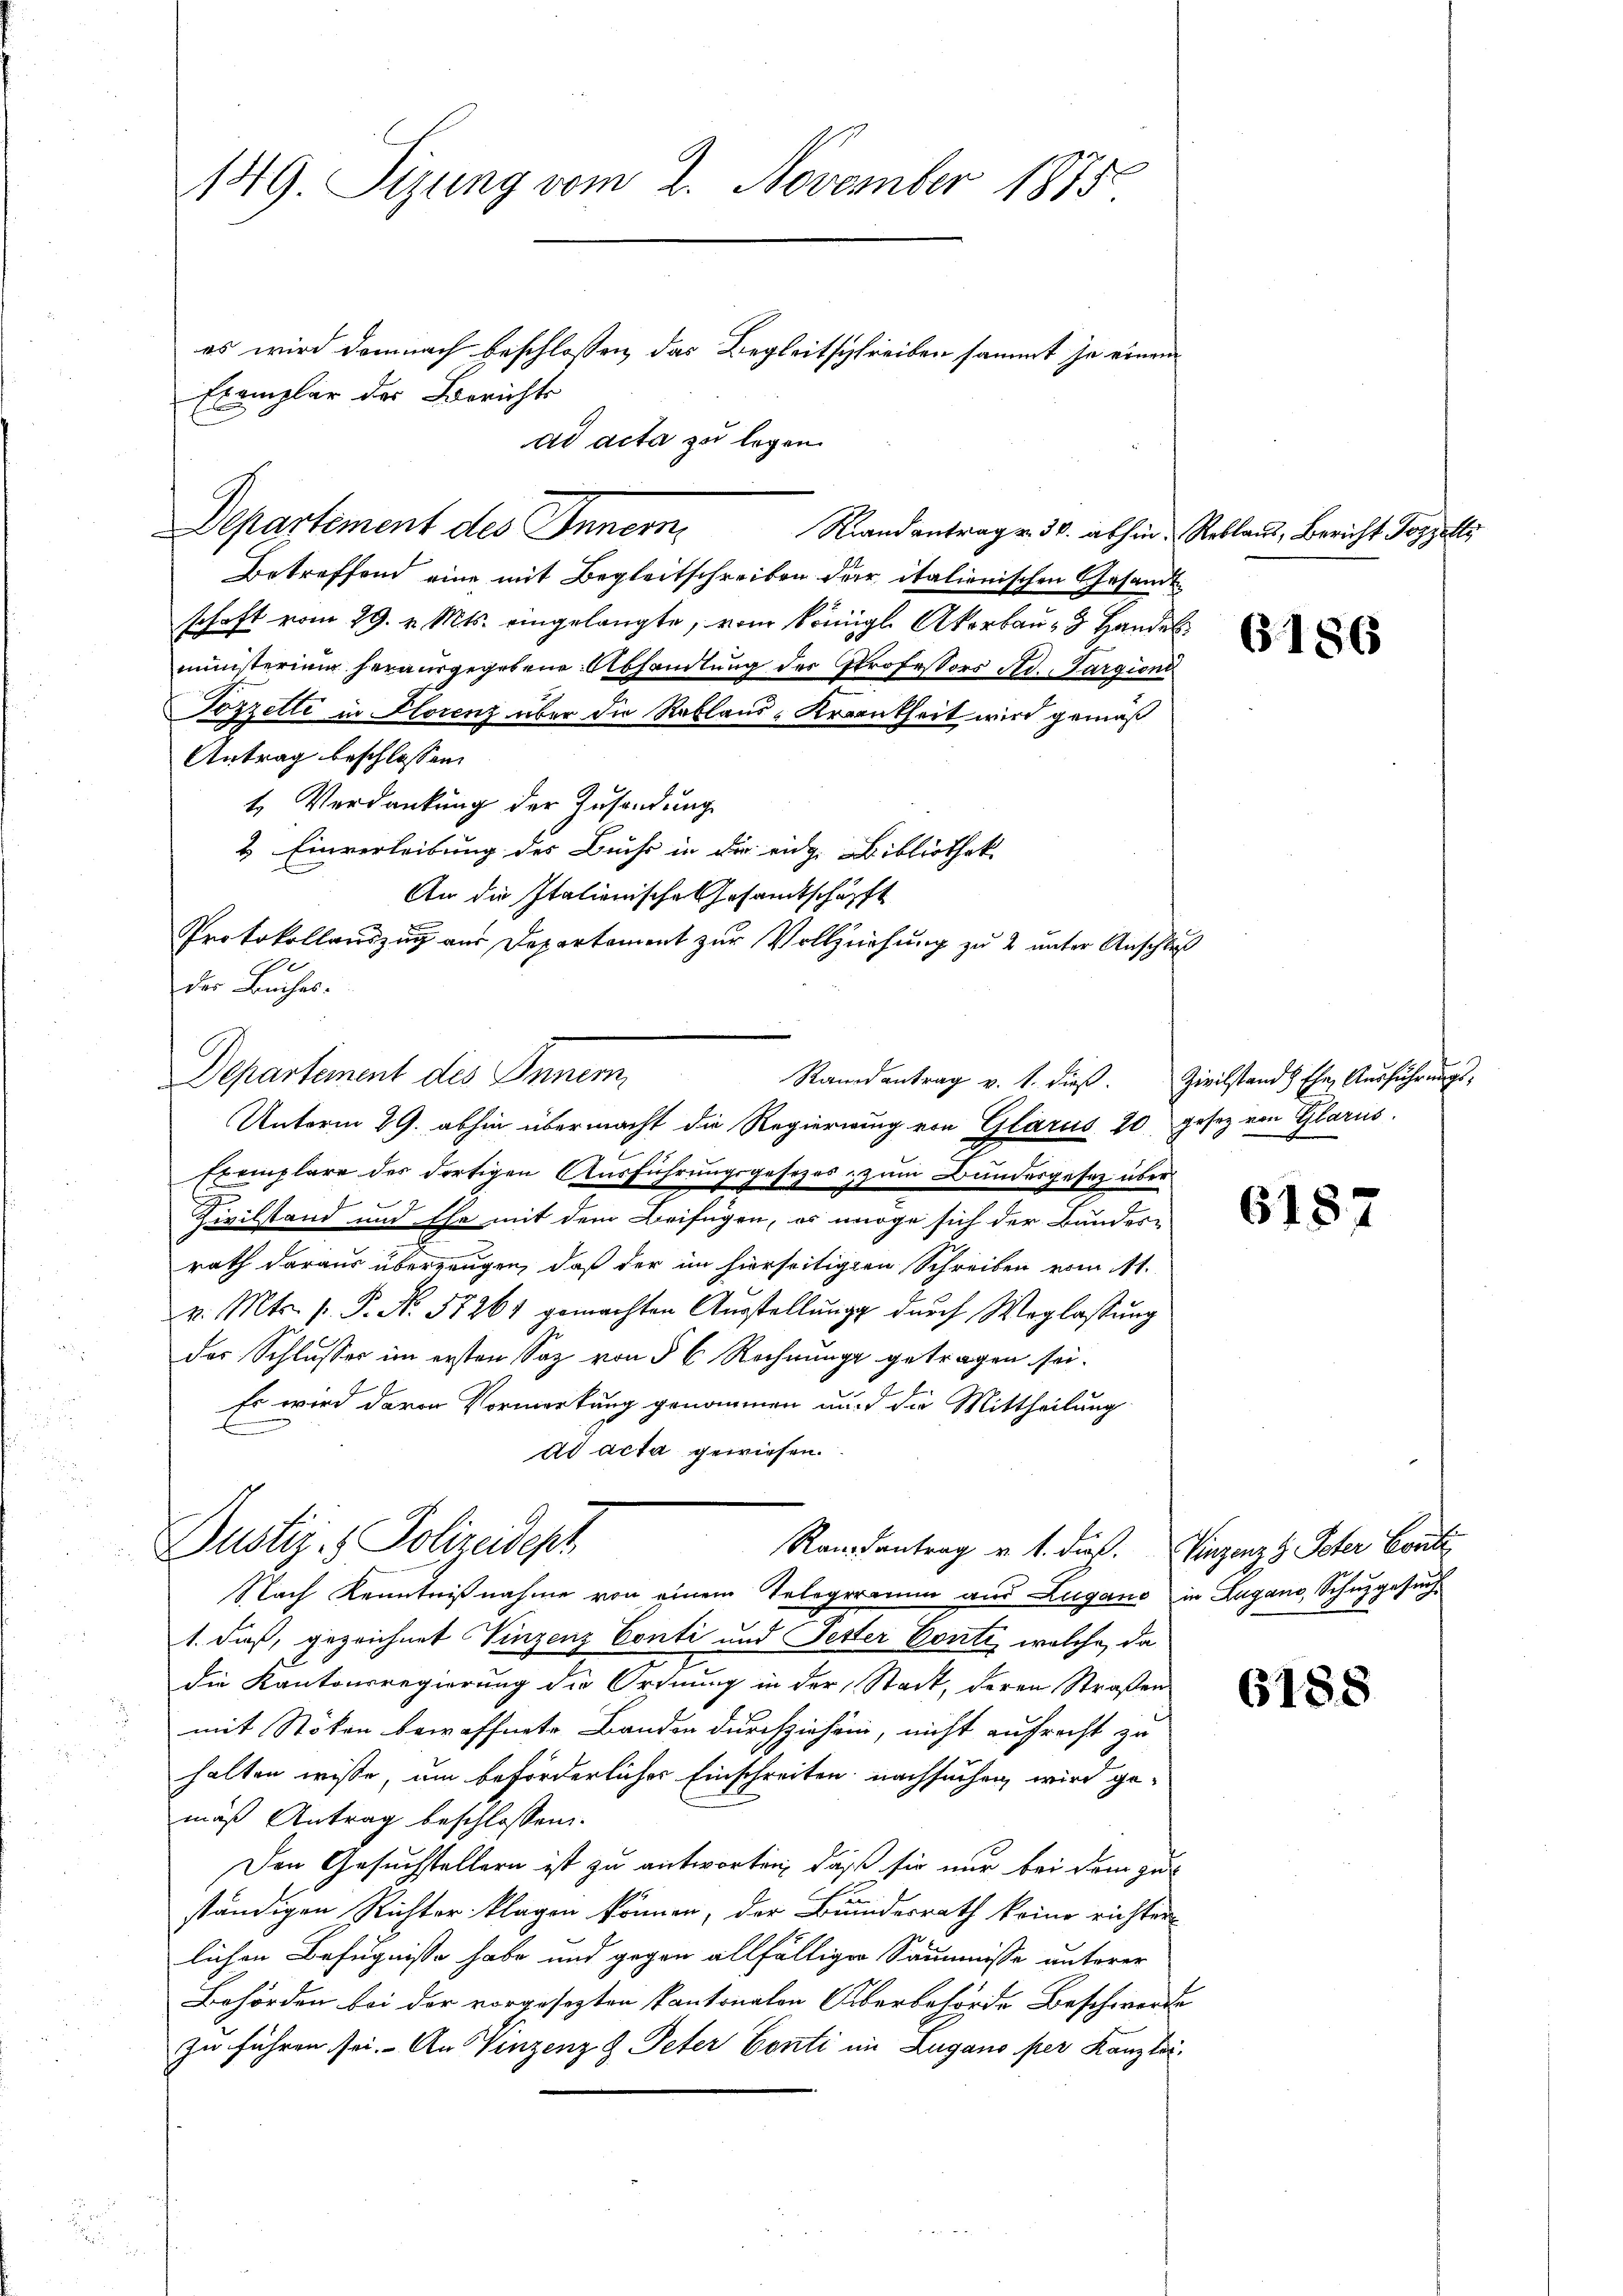
149. Sizung vom 2. November 1875

es wird demnach beschlossen, das Begleitschreiben sammt je einem
Exemplar der Berichts
ad acta zu legen.

Departement des Innern,

Randantrag v. 30. abhin, Rebland, Bericht Poppelts
Betreffend eine mit Begleitschreiben der italienischen Gesandtschaft vom 29. v. Mts. eingelangte, vom königl. Akerbau, 3 Handel
ministerium herausgegebene Abhandlung des Professors Ad. Sargioni
Tozzette in Florenz über die Rablaus-Krankheit wird gemäß
Antrag beschlossen:
t Verdankung der Zusendung
& Einverleibung des Buchs in die eige Bibliothek.
An die Italienische Gesamtschäfft
Protokollauszug aus Departement zur Vollziehung zu 2 unter Anschluß
der Buches.
Departement des Innern
Unterm 29. abhin übermacht die Regierung von Glarus 20 gesetz von Glarus.
Exemplare des dortigen Ausführungsgesetzes zum Bundesgesetz über
6
Zivilstand und Ehe mit dem Beifügen, es möge sich der Bundes-
rath daraus überzeugen, daß der im hierseitigten Schreiben vom 11.
v. Mts. p. P. N. 57261 gemachten Ausstellung durch Weglastung
der Schlusser im ersten Saz von § 6 Rechnunge getragen sei.
Es wird davon Vormerkung genommen wird die Mittheilung
ad acta gewiesen.
Justiz- & Polizeideph
Randantrag v. 1. dieß. Vinzenz & Peter Conti
Nach Kenntnißnahme von einem Telegramm aus Zugano in Lugano, Schuhgesuch
1. daß, gezeichnet Vinzenz Conti und Fester Conti, welche, da
die Kantonsregierung die Ordnung in der Stadt, deren Straßen
mit Stökon bewaffnete Banden durchziehen, nicht aufrecht zu
halten wisse, um beförderlicher Einschreiten nachsuchen, wird ge-
mäß Antrag beschlossen
Den Gesuchstellern ist zu antworten, daß sie nur bei dem zur
ständigen Richter klagen können, der Brundesrath keine richter
lichen Befugnisse habe und gegen allfälliger Säumnisse unterer
Behörden bei der vorgesezten Pantonalen Überbehörde Beschwerde
zu führen sei. An Vinzenz & Peter Conti im Zugano per Kanzler¬

Randantrag v. 1. dieβ. Zivilstand Ehe Aŭsführŭngs-

6186

6187

6188